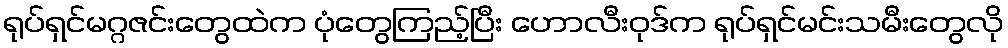
ရုပ်ရှင်မဂ္ဂဇင်းတွေထဲက ပုံတွေကြည့်ပြီး ဟောလီးဝုဒ်က ရုပ်ရှင်မင်းသမီးတွေလို